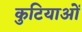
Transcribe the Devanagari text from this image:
कुटियाओं